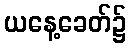
ယနေ့ခေတ်၌